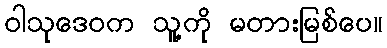
ဝါသုဒေဝက သူ့ကို မတားမြစ်ပေ။